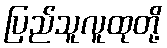
ပြည်သူလူထုတို့